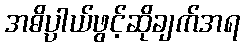
အဓိပ္ပာယ်ဖွင့်ဆိုချက်အရ